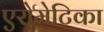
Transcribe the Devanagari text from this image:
एरोमेटिका